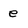
Character: e